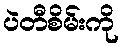
ပဲတီစိမ်းကို